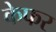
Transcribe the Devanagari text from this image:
केफर